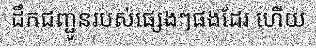
ដឹកជញ្ជូនរបស់ផ្សេងៗផងដែរ ហើយ